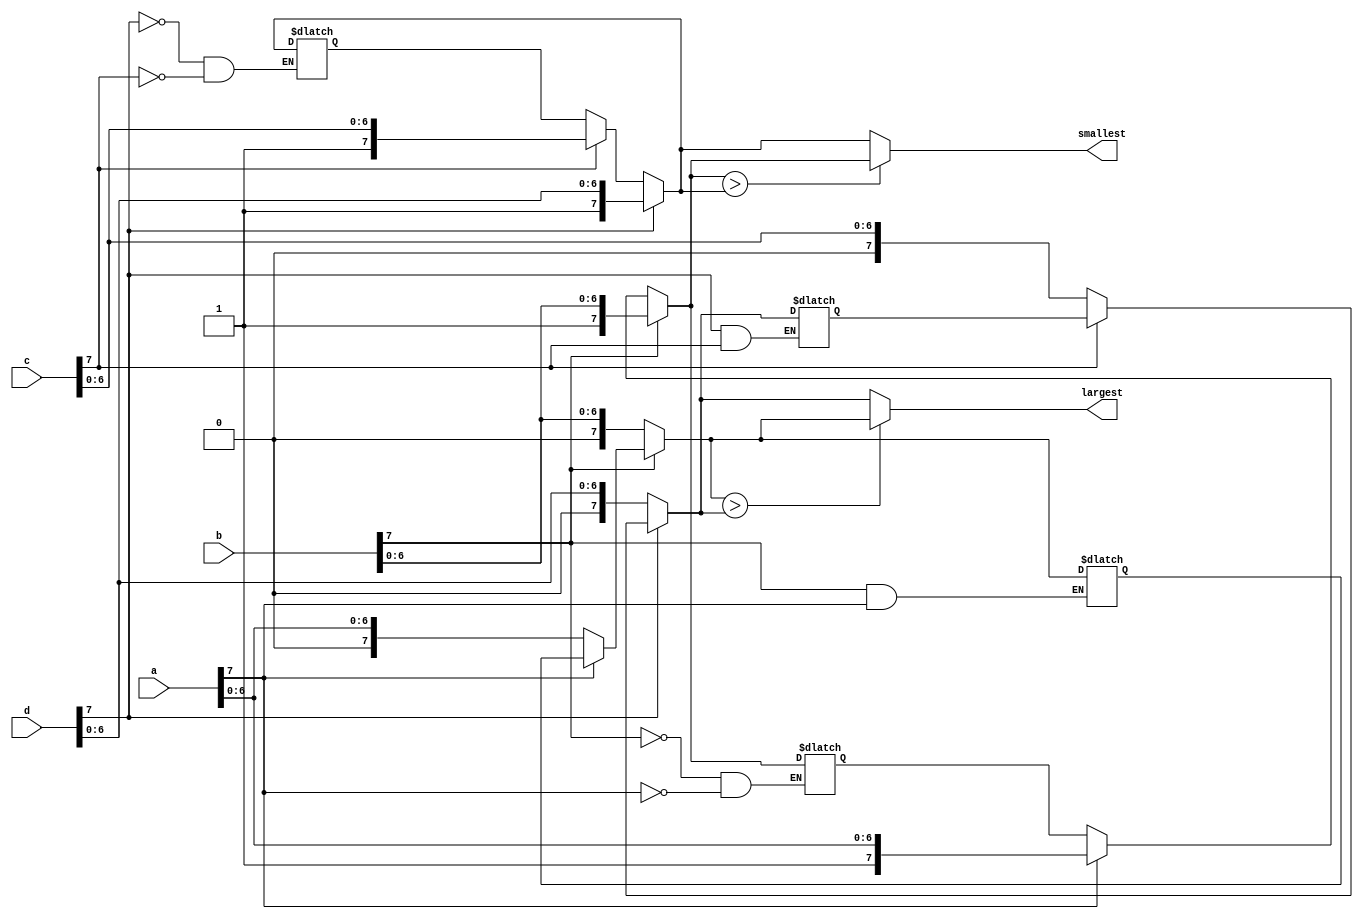
`timescale 1ns / 1ps

module comparator(
input[7:0]a,
input[7:0]b,
input[7:0]c,
input[7:0]d,
output reg [7:0]  smallest,
output  reg [7:0] largest
    );
    
   reg [7:0] m1,m2,p1,p2;

always @(*)begin
    if(a[7]==0)
        p1=a;
    else m1=a;  
    
    if(b[7]==0)  
        p1=b;
    else m1=b;
    
    if(c[7]==0)
          p2=c;
    else m2=c; 
    
    if(d[7]==0)
          p2=d;
    else m2=d;
    
    if(m1>m2)
        smallest=m1;
    else smallest=m2;
    
    if(p1>p2)
        largest=p1;
    else largest=p2;
    
end


endmodule